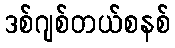
ဒစ်ဂျစ်တယ်စနစ်